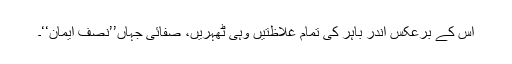
اس کے برعکس اندر باہر کی تمام غلاظتیں وہی ٹھہریں، صفائی جہاں’’نصف ایمان‘‘۔